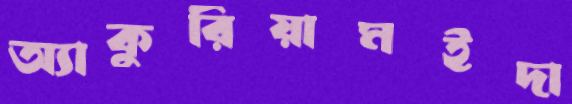
অ্যাকুরিয়ামইদা